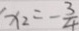
x _ { 2 } = - \frac { 3 } { 4 }